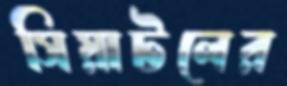
সিয়াটলের